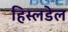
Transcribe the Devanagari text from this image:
हिस्लडेल